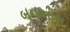
બનાનારા